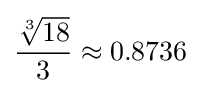
{\frac {\sqrt[{3}]{18}}{3}}\approx 0.8736